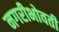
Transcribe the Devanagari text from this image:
नगरीभोवती